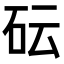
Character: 𥐯